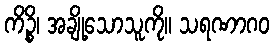
ကိဉ္စိ၊ အချို့သောသူကို။ သရဏာဂဝ